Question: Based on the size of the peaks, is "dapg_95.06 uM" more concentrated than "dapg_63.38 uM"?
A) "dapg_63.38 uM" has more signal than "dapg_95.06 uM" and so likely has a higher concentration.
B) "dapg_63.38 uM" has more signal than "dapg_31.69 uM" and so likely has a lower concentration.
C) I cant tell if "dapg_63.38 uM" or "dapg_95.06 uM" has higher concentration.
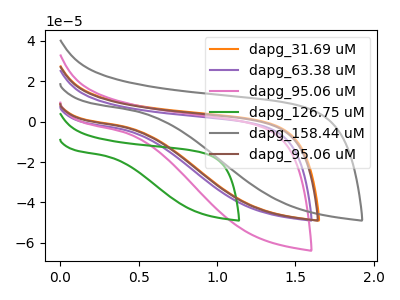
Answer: <think>The orange curve "dapg_31.69 uM" has no peaks. The purple curve "dapg_63.38 uM" has no peaks. The pink curve "dapg_95.06 uM" has no peaks. The green curve "dapg_126.75 uM" has no peaks. The gray curve "dapg_158.44 uM" has no peaks. The brown curve "dapg_95.06 uM" has no peaks.
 Neither "dapg_63.38 uM" or "dapg_95.06 uM" have any peaks.</think>
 <answer>C) I cant tell if "dapg_63.38 uM" or "dapg_95.06 uM" has higher concentration.</answer>
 <eval>C</eval>